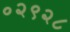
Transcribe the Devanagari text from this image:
०२९२८